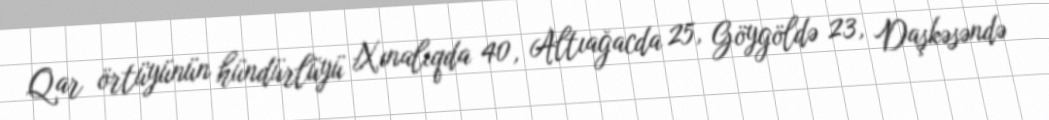
Qar örtüyünün hündürlüyü Xınalıqda 40, Altıağacda 25, Göygöldə 23, Daşkəsəndə